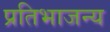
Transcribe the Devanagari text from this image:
प्रतिभाजन्य